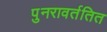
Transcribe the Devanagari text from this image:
पुनरावर्ततित